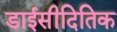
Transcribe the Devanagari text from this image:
डाईसीदितिक